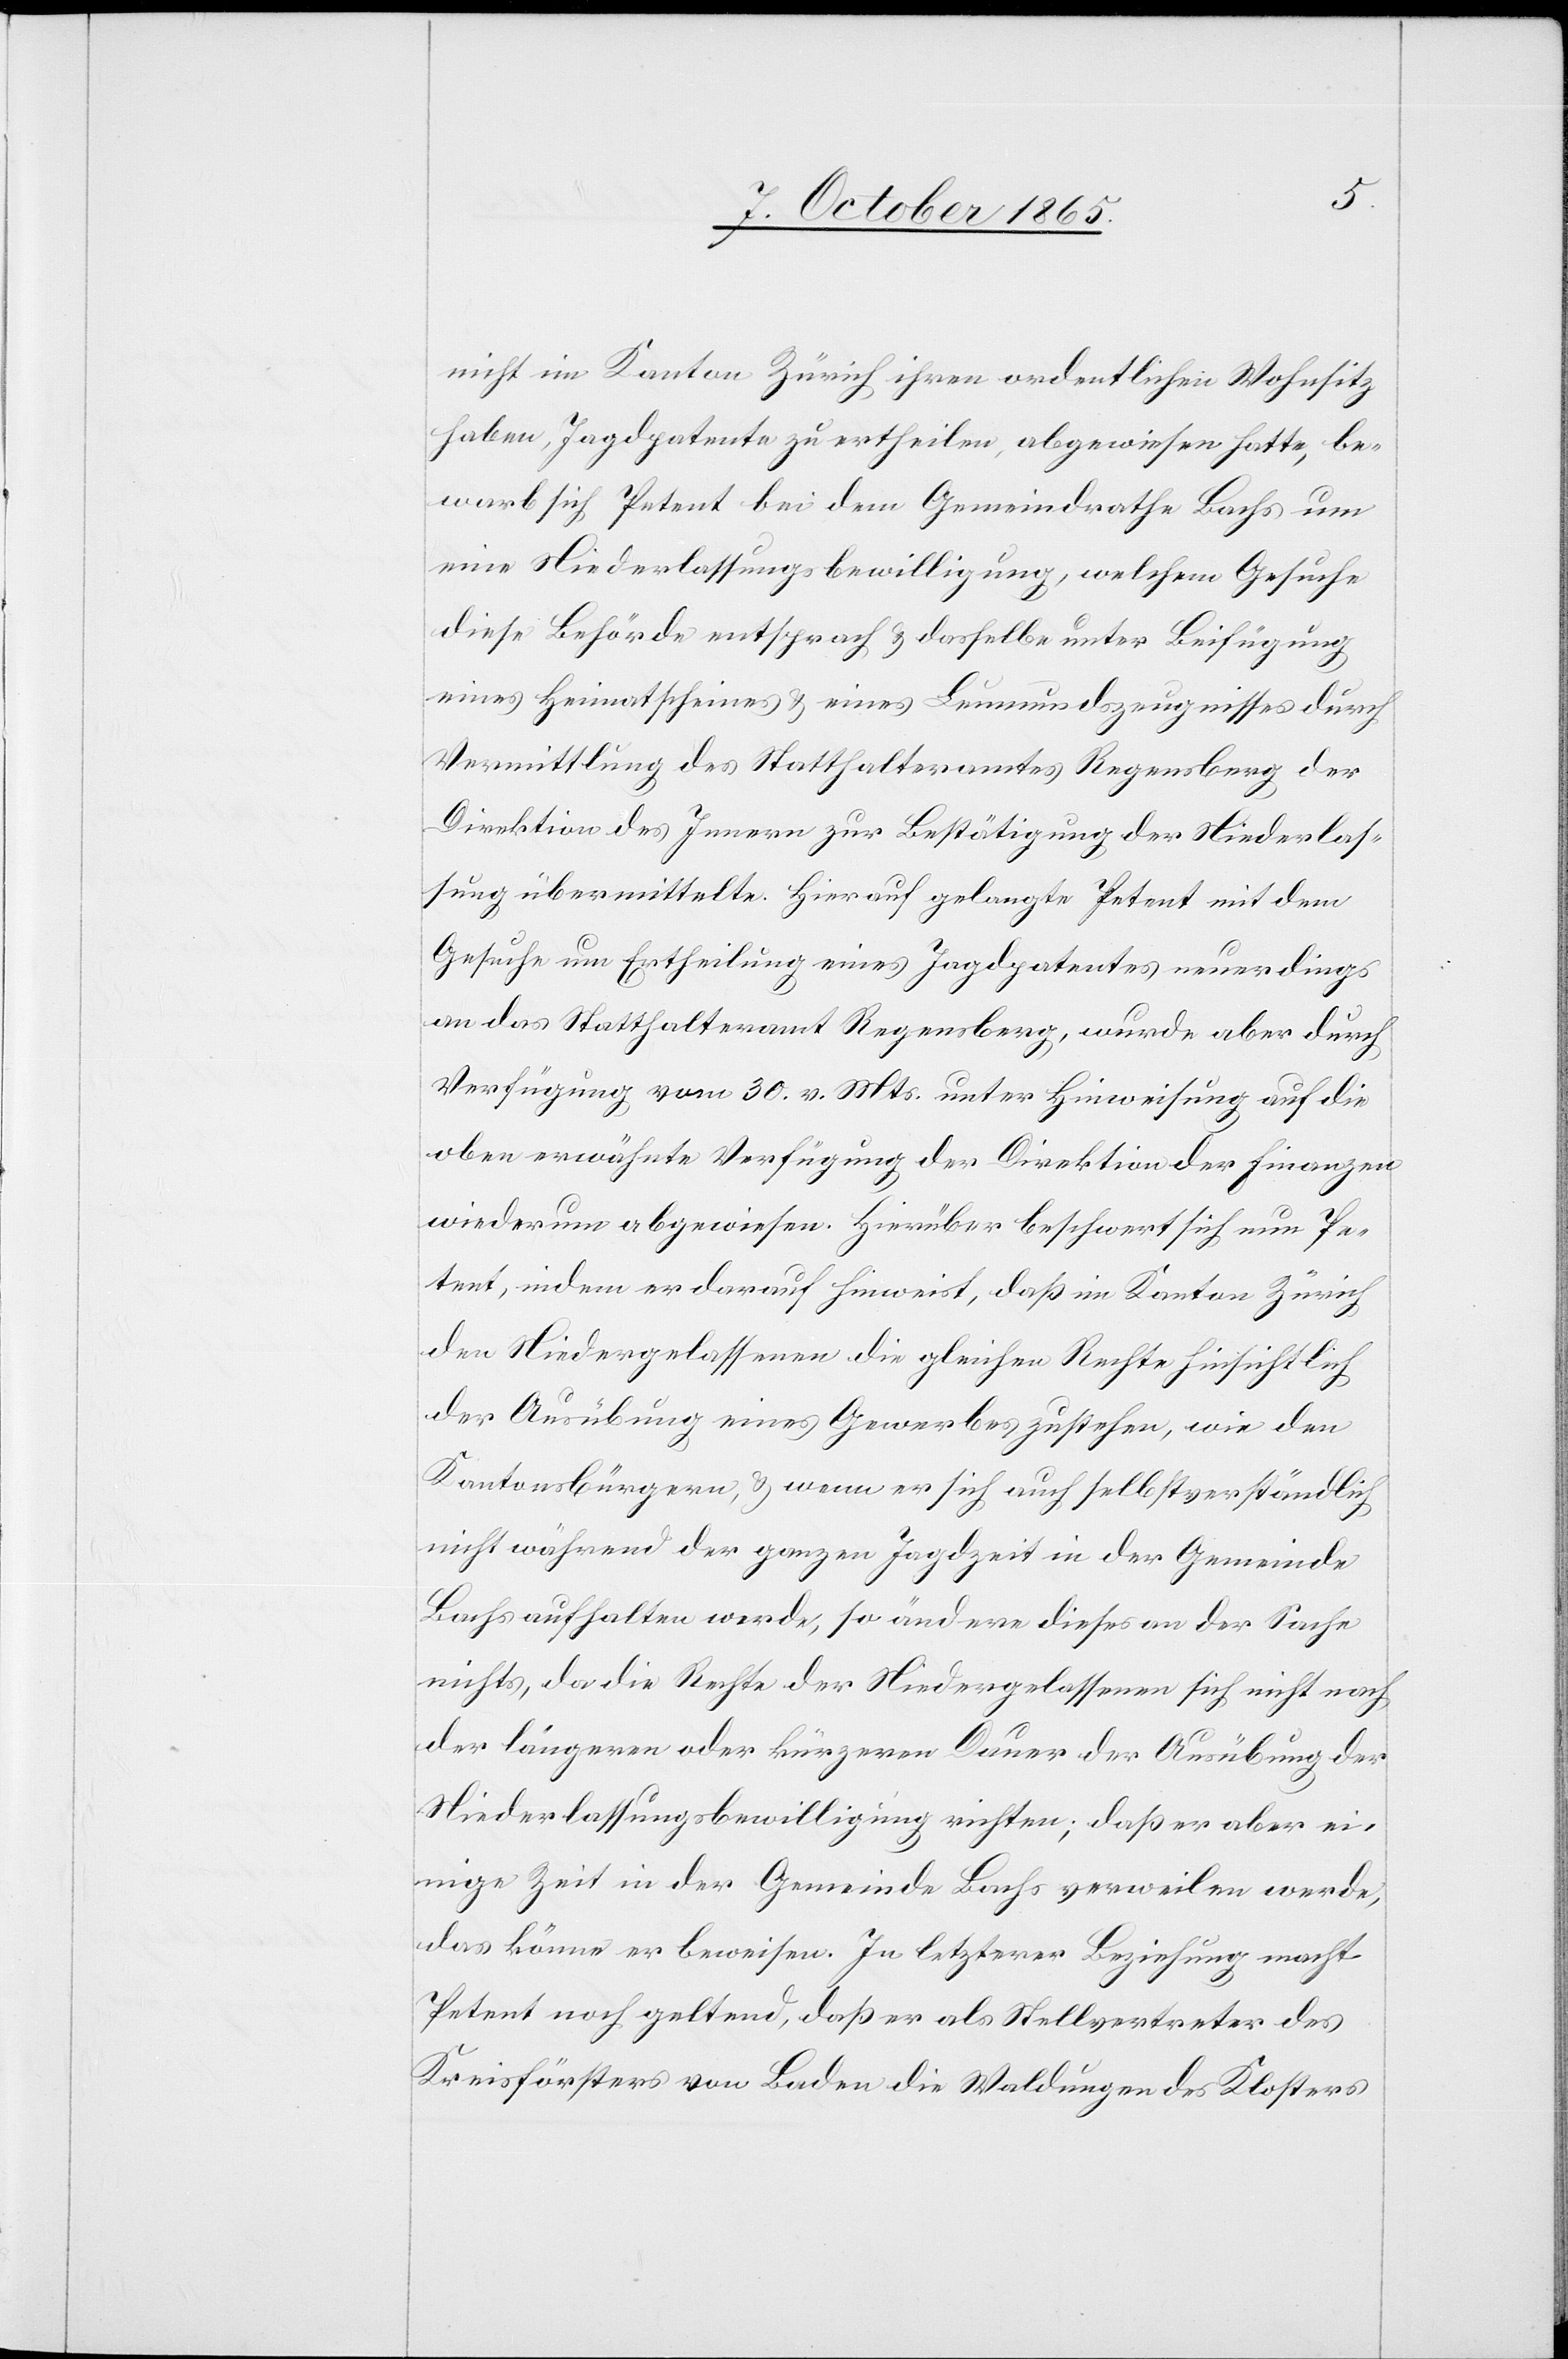
nicht im Kanton Zürich ihren ordentlichen Wohnsitz
haben, Jagdpatente zu ertheilen, abgewiesen hatte, be¬
warb sich Petent bei dem Gemeindrathe Bachs um
eine Niederlassungsbewilligung, welchem Gesuche
diese Behörde entsprach & dasselbe unter Beifügung
eines Heimatscheines & eines Leumundszeugnisses durch
Vermittlung des Statthalteramtes Regensberg der
Direktion des Innern zur Bestätigung der Niederlas¬
sung übermittelte. Hierauf gelangte Petent mit dem
Gesuche um Ertheilung eines Jagdpatentes neuerdings
an das Statthalteramt Regensberg, wurde aber durch
Verfügung vom 30. v. Mts. unter Hinweisung auf die
oben erwähnte Verfügung der Direktion der Finanzen
wiederum abgewiesen. Hierüber beschwert sich nun Pe¬
tent, indem er darauf hinweist, daß im Kanton Zürich
den Niedergelassenen die gleichen Rechte hinsichtlich
der Ausübung eines Gewerbes zustehen, wie den
Kantonsbürgern, & wenn er sich auch selbstverständlich
nicht während der ganzen Jagdzeit in der Gemeinde
Bachs aufhalten werde, so ändere dies an der Sache
nichts, da die Rechte der Niedergelassenen sich nicht nach
der längeren oder kürzeren Dauer der Ausübung der
Niederlassungsbewilligung richten; daß er aber ei¬
nige Zeit in der Gemeinde Bachs verweilen werde,
das könne er beweisen. In letzterer Beziehung macht
Petent noch geltend, daß er als Stellvertreter des
Kreisförsters von Baden die Waldungen des Klosters